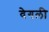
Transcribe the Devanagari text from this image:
वेगली